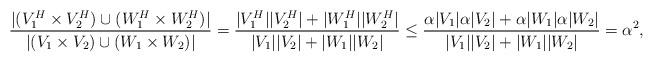
LaTeX: \begin{align*}\frac{|(V_1^H \times V_2^H)\cup (W_1^H \times W_2^H)|}{|(V_1 \times V_2) \cup (W_1 \times W_2)|}&= \frac{|V_1^H||V_2^H|+|W_1^H||W_2^H|}{|V_1|| V_2|+ |W_1|| W_2|}\leq \frac{\alpha|V_1|\alpha|V_2|+\alpha|W_1|\alpha|W_2|}{|V_1|| V_2|+ |W_1|| W_2|}= \alpha^2,\end{align*}